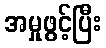
အမှုဖွင့်ပြီး